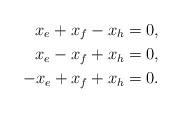
LaTeX: \begin{align*} x_e + x_f - x_h &= 0, \\ x_e - x_f + x_h &= 0, \\ -x_e + x_f + x_h &= 0. \end{align*}